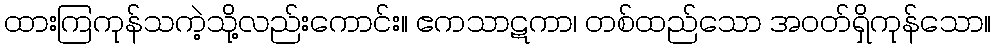
ထားကြကုန်သကဲ့သို့လည်းကောင်း။ ဧကသာဋကာ၊ တစ်ထည်သော အဝတ်ရှိကုန်သော။